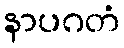
နာပဂတံ